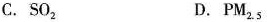
C.SO_{2}D.PM_{2.5}